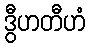
ဒွီဟတီဟံ